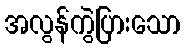
အလွန်ကွဲပြားသော